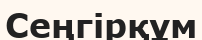
Сеңгірқұм